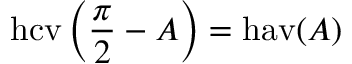
\operatorname { h c v } \left( { \frac { \pi } { 2 } } - A \right) = \operatorname { h a v } ( A )